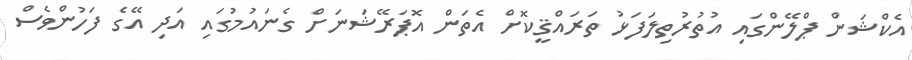
އެކްޝަން ޕްލޭންގައި އުތުރުތިލަފަޅު ތަރައްޤީކޮށް އެތަން އޮޕަރޭޝަނަށް ގެނައުމުގައި އަދި އޭގެ ފަހުންވެސް